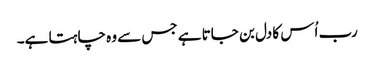
رب اُس کا دل بن جاتا ہے جس سے وہ چاہتا ہے۔